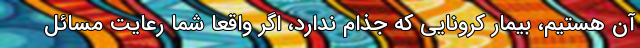
آن هستیم، بیمار کرونایی که جذام ندارد، اگر واقعا شما رعایت مسائل